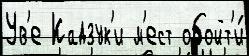
Ув'е Кадзук'и м'ест обойт'и́